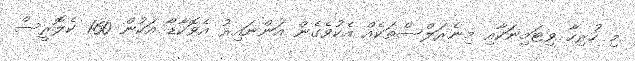
މި ހުރިހާ ވިޓަމިނަކާއި މިނެރަލްސްތަކެއް އެކުވެގެން އަންނައިރު އެވޮކާޑޯ އަކުން 160 ކެލޮރީސް